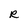
Character: R